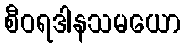
စီဝရဒါနသမယော